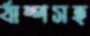
র‍্যাম্পসহ